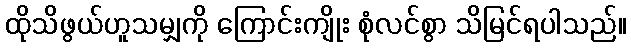
ထိုသိဖွယ်ဟူသမျှကို ကြောင်းကျိုး စုံလင်စွာ သိမြင်ရပါသည်။